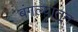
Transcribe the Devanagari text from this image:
बंगल्यातून